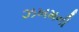
ઝખમની